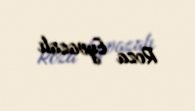
Roza Eyvazalı